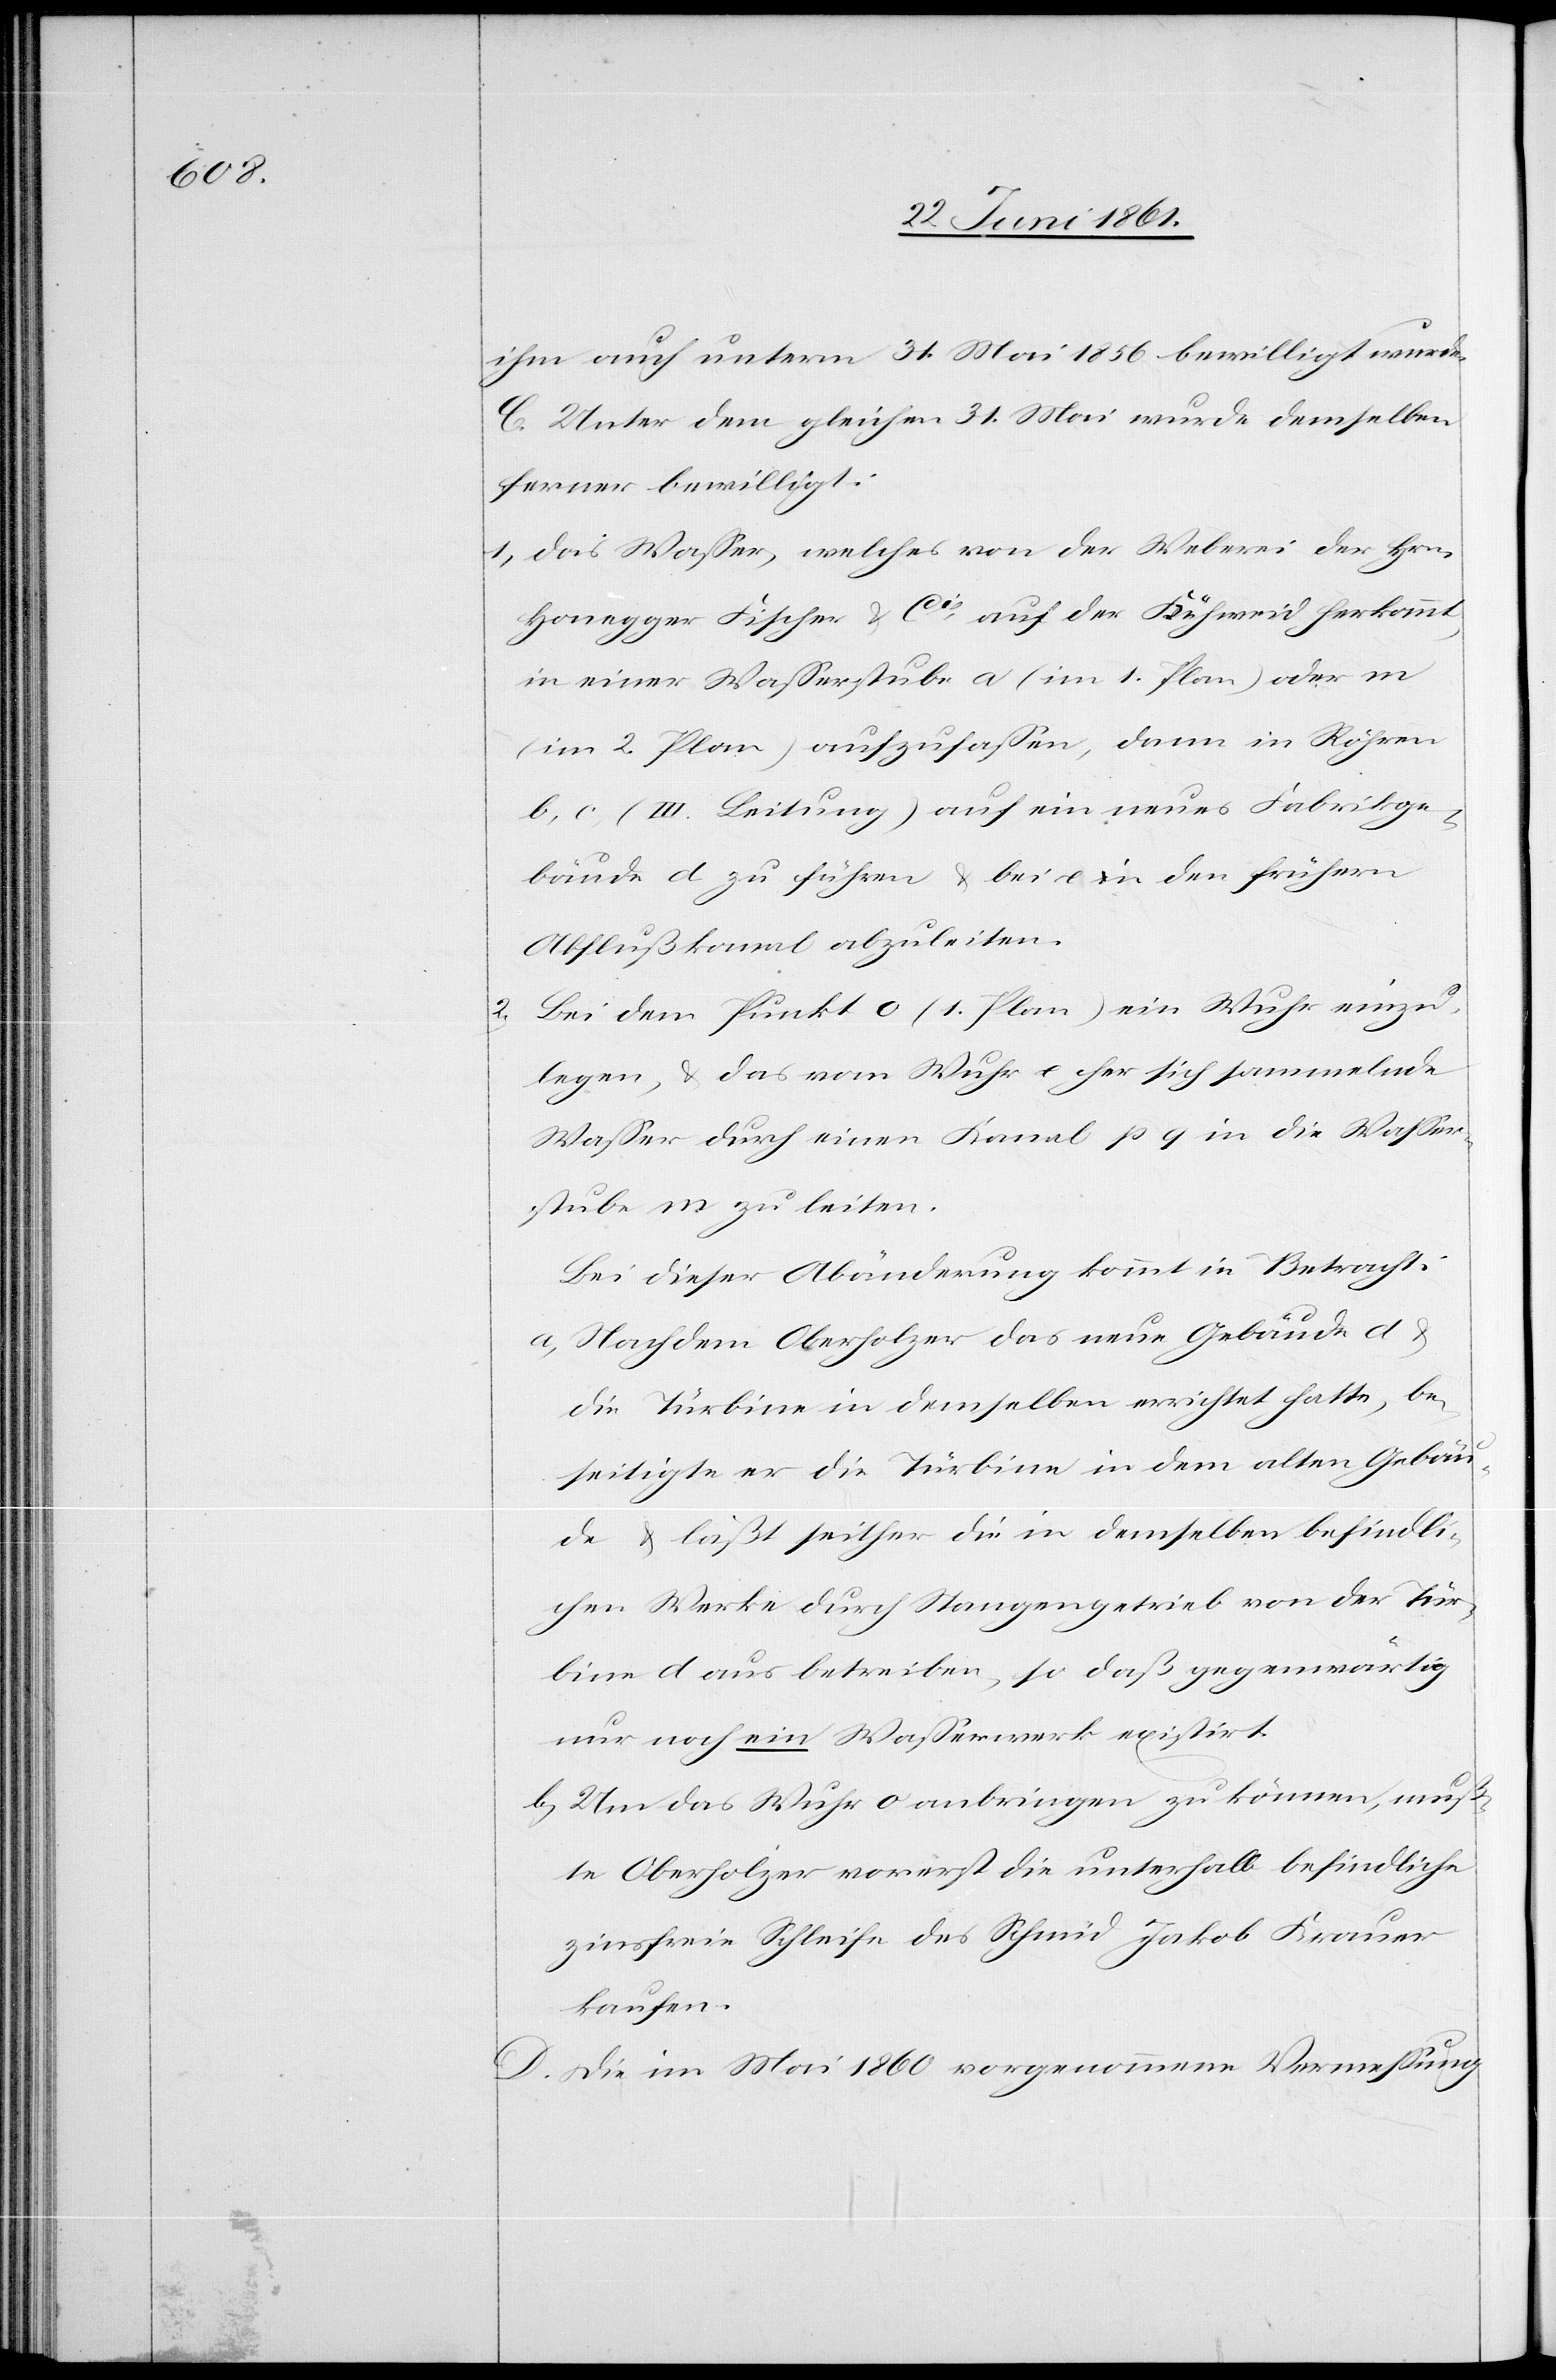
ihm auch unterm 31. Mai 1856 bewilligt wurde.
C. Unter dem gleichen 31. Mai wurde demselben
ferner bewilligt:
1) Das Wasser, welches von der Weberei der Hrn.
Honegger Fischer u. Cie auf der Kühweid herkommt,
in einer Wasserstube a (im 1. Plan) oder m
(im 2. Plan) aufzufassen, dann in Röhren
b, c (III. Leitung) auf ein neues Fabrikge¬
bäude d zu führen u. bei e in den frühern
Abflußkanal abzuleiten.
2) Bei dem Punkt o (1. Plan) ein Wuhr einzu¬
legen, u. das vom Wuhre her sich sammelnde
Wasser durch einen Kanal p q in die Wasser¬
stube m zu leiten.
Bei dieser Abänderung kommt in Betracht:
a) Nachdem Oberholzer das neue Gebäude d u.
die Türbine in demselben errichtet hatte, be¬
seitigte er die Türbine in dem alten Gebäu¬
de u. läßt seither die in demselben befindli¬
chen Werke durch Stangengetrieb von der Tür¬
bine d aus betreiben, so daß gegenwärtig
nur noch ein Wasserwerk existirt.
b) Um das Wuhr o anbringen zu können, muß¬
te Oberholzer vorerst die unterhalb befindliche
zinsfreie Schleife des Schmid Jakob Krauer
kaufen.
D. Die im Mai 1860 vorgenommene Vermessung